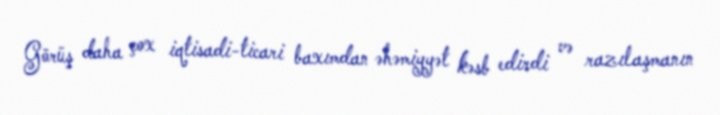
Görüş daha çox iqtisadi-ticari baxımdan əhəmiyyət kəsb edirdi və razılaşmanın